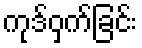
ကုဒ်ဝှက်ခြင်း